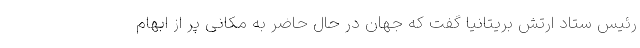
رئیس ستاد ارتش بریتانیا گفت که جهان در حال حاضر به مکانی پر از ابهام